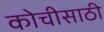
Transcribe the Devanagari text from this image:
कोचीसाठी